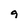
Character: 9